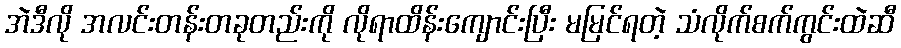
အဲဒီလို အလင်းတန်းတခုတည်းကို လိုရာထိန်းကျောင်းပြီး မမြင်ရတဲ့ သံလိုက်စက်ကွင်းထဲဆီ